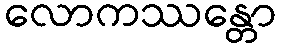
လောကဿန္တော